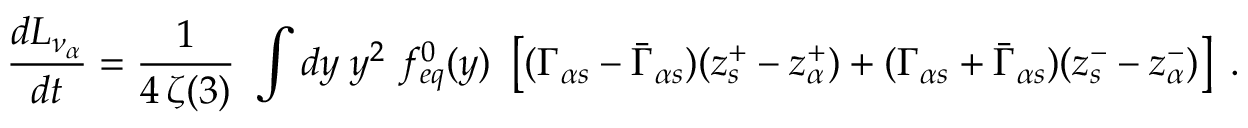
\frac { d L _ { \nu _ { \alpha } } } { d t } = { \frac { 1 } { 4 \, \zeta ( 3 ) } } ~ \int d y \; y ^ { 2 } ~ f _ { e q } ^ { 0 } ( y ) ~ \left[ ( \Gamma _ { \alpha s } - \bar { \Gamma } _ { \alpha s } ) ( z _ { s } ^ { + } - z _ { \alpha } ^ { + } ) + ( \Gamma _ { \alpha s } + \bar { \Gamma } _ { \alpha s } ) ( z _ { s } ^ { - } - z _ { \alpha } ^ { - } ) \right] \; .